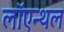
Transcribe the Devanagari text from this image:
लॉएन्थल